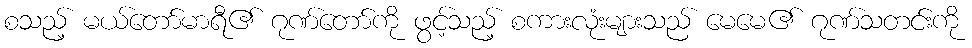
စသည့် မယ်တော်မာရီ၏ ဂုဏ်တော်ကို ဖွင့်သည့် စကားလုံးများသည် မေမေ၏ ဂုဏ်သတင်းကို